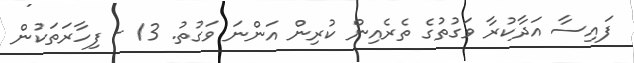
ފައިސާ އަދާކުރާ ވަގުތުގެ ތެރެއިން ކުރިން އަންނަ ވަގުތު. 13 - ފިހާރަތަކުން